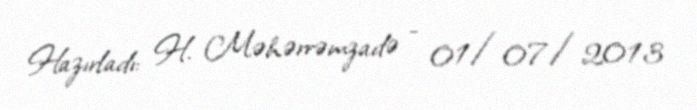
Hazırladı: H. Məhərrəmzadə - 01/07/2013